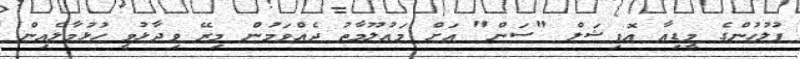
ފުލުހުންގެ މީޑިއާ އޮފިޝަލް "ސަން" އަށް މައުލޫމާތު ދެއްވަމުން މިރޭ ވިދާޅުވީ ހުޅުމާލެއިން